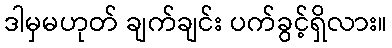
ဒါမှမဟုတ် ချက်ချင်း ပက်ခွင့်ရှိလား။